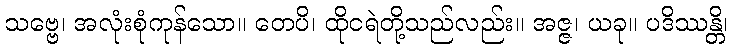
သဗ္ဗေ၊ အလုံးစုံကုန်သော။ တေပိ၊ ထိုငရဲတို့သည်လည်း။ အဇ္ဇ၊ ယခု။ ပဒိဿန္တိ၊